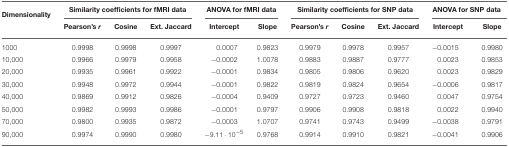
| Dimensionality | <COLSPAN=3> Similarity coefficients for fMRI data | <COLSPAN=2> ANOVA for fMRI data | <COLSPAN=3> Similarity coefficients for SNP data | <COLSPAN=2> ANOVA for SNP data |
 |  | Pearson's r | Cosine | Ext. Jaccard | Intercept | Slope | Pearson's r | Cosine | Ext. Jaccard | Intercept | Slope |
 | --- | --- | --- | --- | --- | --- | --- | --- | --- | --- | --- |
 | 1000 | 0.9998 | 0.9998 | 0.9997 | 0.0007 | 0.9823 | 0.9979 | 0.9978 | 0.9957 | −0.0015 | 0.9980 |
 | 10,000 | 0.9966 | 0.9979 | 0.9958 | −0.0002 | 1.0078 | 0.9883 | 0.9887 | 0.9777 | 0.0023 | 0.9853 |
 | 20,000 | 0.9935 | 0.9961 | 0.9922 | −0.0001 | 0.9834 | 0.9805 | 0.9806 | 0.9620 | 0.0023 | 0.9829 |
 | 30,000 | 0.9948 | 0.9972 | 0.9944 | −0.0001 | 0.9822 | 0.9819 | 0.9824 | 0.9654 | −0.0006 | 0.9817 |
 | 40,000 | 0.9869 | 0.9912 | 0.9826 | −0.0004 | 0.9409 | 0.9727 | 0.9723 | 0.9460 | 0.0047 | 0.9754 |
 | 50,000 | 0.9982 | 0.9993 | 0.9986 | −0.0001 | 0.9797 | 0.9906 | 0.9908 | 0.9818 | 0.0022 | 0.9940 |
 | 70,000 | 0.9800 | 0.9935 | 0.9872 | −0.0003 | 1.0707 | 0.9741 | 0.9743 | 0.9499 | −0.0038 | 0.9791 |
 | 90,000 | 0.9974 | 0.9990 | 0.9980 | −9.11 · 10−5 | 0.9768 | 0.9914 | 0.9910 | 0.9821 | −0.0041 | 0.9906 |